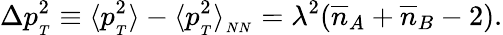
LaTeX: \Delta p_{{}_{T}}^{2}\equiv\langle p_{{}_{T}}^{2}\rangle-\langle p_{{}_{T}}^{2}\rangle_{{}_{NN}}=\lambda^{2}({\overline{{n}}}_{A}+{\overline{{n}}}_{B}-2).